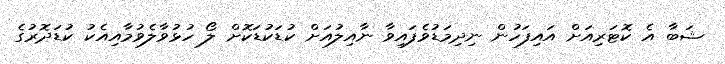
ޝަބާ އެ ކޮޓަރިއަށް އައިފަހުން ނިދިމަޑުވެފައިވާ ނާއިލުއަށް ކުޑަކުޑަކޮށް ލޯ ހުޅުވާލެވުމާއިއެކު ކުޑަދޮރުގެ